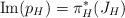
LaTeX: \begin{align*}{\rm Im} (p_H)=\pi_H^*(J_H)\end{align*}